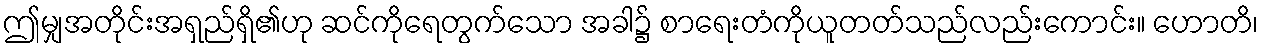
ဤမျှအတိုင်းအရှည်ရှိ၏ဟု ဆင်ကိုရေတွက်သော အခါ၌ စာရေးတံကိုယူတတ်သည်လည်းကောင်း။ ဟောတိ၊